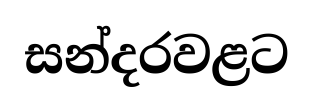
සන්දරවළට